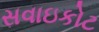
સવાઇકોટ